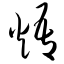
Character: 焐